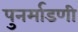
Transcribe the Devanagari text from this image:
पुनर्माडणी